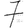
Digit: 7